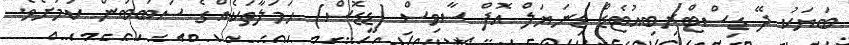
ބަޔަކު ދޭ ޑިސްޓްރިބިއުޓެޑް ޑިނަޔަލް އޮފް ސާވިސް (ޑީޑޮސް) ހަމަލާތަކެއްގެ ސަބަބުން ކަމަށެވެ.